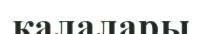
қалалары